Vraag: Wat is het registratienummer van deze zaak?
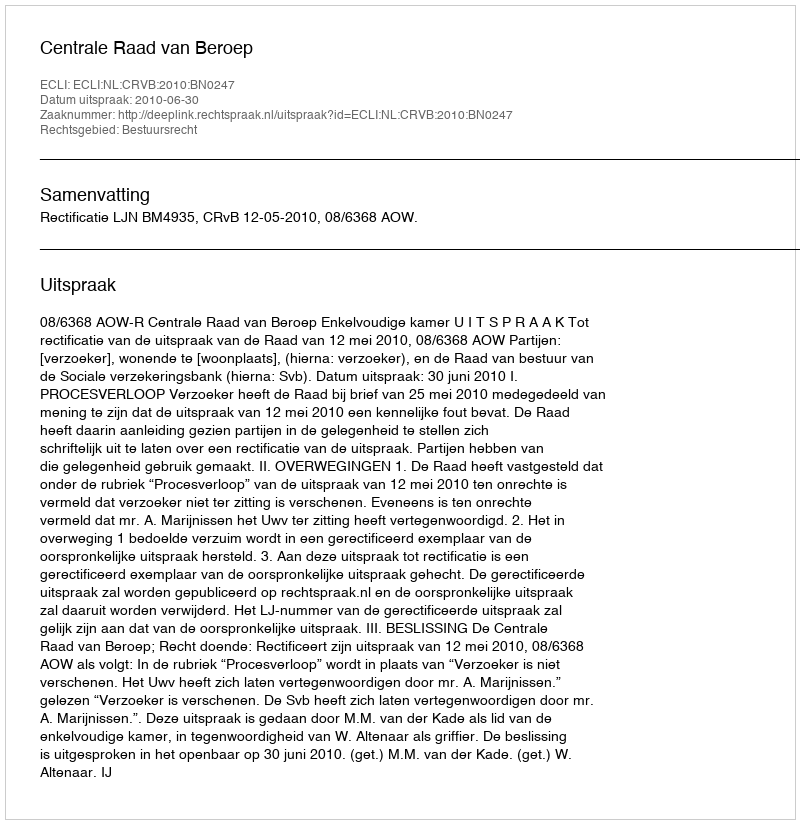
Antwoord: http://deeplink.rechtspraak.nl/uitspraak?id=ECLI:NL:CRVB:2010:BN0247